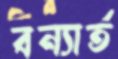
বন্যার্ত